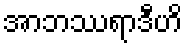
အာဘဿရာဒီဟိ